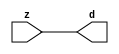

//------> ./rtl_mgc_ioport.v 
//------------------------------------------------------------------
//                M G C _ I O P O R T _ C O M P S
//------------------------------------------------------------------

//------------------------------------------------------------------
//                       M O D U L E S
//------------------------------------------------------------------

//------------------------------------------------------------------
//-- INPUT ENTITIES
//------------------------------------------------------------------

module mgc_in_wire (d, z);

  parameter integer rscid = 1;
  parameter integer width = 8;

  output [width-1:0] d;
  input  [width-1:0] z;

  wire   [width-1:0] d;

  assign d = z;

endmodule

//------------------------------------------------------------------

module mgc_in_wire_en (ld, d, lz, z);

  parameter integer rscid = 1;
  parameter integer width = 8;

  input              ld;
  output [width-1:0] d;
  output             lz;
  input  [width-1:0] z;

  wire   [width-1:0] d;
  wire               lz;

  assign d = z;
  assign lz = ld;

endmodule

//------------------------------------------------------------------

module mgc_in_wire_wait (ld, vd, d, lz, vz, z);

  parameter integer rscid = 1;
  parameter integer width = 8;

  input              ld;
  output             vd;
  output [width-1:0] d;
  output             lz;
  input              vz;
  input  [width-1:0] z;

  wire               vd;
  wire   [width-1:0] d;
  wire               lz;

  assign d = z;
  assign lz = ld;
  assign vd = vz;

endmodule
//------------------------------------------------------------------

module mgc_chan_in (ld, vd, d, lz, vz, z, size, req_size, sizez, sizelz);

  parameter integer rscid = 1;
  parameter integer width = 8;
  parameter integer sz_width = 8;

  input              ld;
  output             vd;
  output [width-1:0] d;
  output             lz;
  input              vz;
  input  [width-1:0] z;
  output [sz_width-1:0] size;
  input              req_size;
  input  [sz_width-1:0] sizez;
  output             sizelz;


  wire               vd;
  wire   [width-1:0] d;
  wire               lz;
  wire   [sz_width-1:0] size;
  wire               sizelz;

  assign d = z;
  assign lz = ld;
  assign vd = vz;
  assign size = sizez;
  assign sizelz = req_size;

endmodule


//------------------------------------------------------------------
//-- OUTPUT ENTITIES
//------------------------------------------------------------------

module mgc_out_stdreg (d, z);

  parameter integer rscid = 1;
  parameter integer width = 8;

  input    [width-1:0] d;
  output   [width-1:0] z;

  wire     [width-1:0] z;

  assign z = d;

endmodule

//------------------------------------------------------------------

module mgc_out_stdreg_en (ld, d, lz, z);

  parameter integer rscid = 1;
  parameter integer width = 8;

  input              ld;
  input  [width-1:0] d;
  output             lz;
  output [width-1:0] z;

  wire               lz;
  wire   [width-1:0] z;

  assign z = d;
  assign lz = ld;

endmodule

//------------------------------------------------------------------

module mgc_out_stdreg_wait (ld, vd, d, lz, vz, z);

  parameter integer rscid = 1;
  parameter integer width = 8;

  input              ld;
  output             vd;
  input  [width-1:0] d;
  output             lz;
  input              vz;
  output [width-1:0] z;

  wire               vd;
  wire               lz;
  wire   [width-1:0] z;

  assign z = d;
  assign lz = ld;
  assign vd = vz;

endmodule

//------------------------------------------------------------------

module mgc_out_prereg_en (ld, d, lz, z);

    parameter integer rscid = 1;
    parameter integer width = 8;

    input              ld;
    input  [width-1:0] d;
    output             lz;
    output [width-1:0] z;

    wire               lz;
    wire   [width-1:0] z;

    assign z = d;
    assign lz = ld;

endmodule

//------------------------------------------------------------------
//-- INOUT ENTITIES
//------------------------------------------------------------------

module mgc_inout_stdreg_en (ldin, din, ldout, dout, lzin, lzout, z);

    parameter integer rscid = 1;
    parameter integer width = 8;

    input              ldin;
    output [width-1:0] din;
    input              ldout;
    input  [width-1:0] dout;
    output             lzin;
    output             lzout;
    inout  [width-1:0] z;

    wire   [width-1:0] din;
    wire               lzin;
    wire               lzout;
    wire   [width-1:0] z;

    assign lzin = ldin;
    assign din = ldin ? z : {width{1'bz}};
    assign lzout = ldout;
    assign z = ldout ? dout : {width{1'bz}};

endmodule

//------------------------------------------------------------------
module hid_tribuf( I_SIG, ENABLE, O_SIG);
  parameter integer width = 8;

  input [width-1:0] I_SIG;
  input ENABLE;
  inout [width-1:0] O_SIG;

  assign O_SIG = (ENABLE) ? I_SIG : { width{1'bz}};

endmodule
//------------------------------------------------------------------

module mgc_inout_stdreg_wait (ldin, vdin, din, ldout, vdout, dout, lzin, vzin, lzout, vzout, z);

    parameter integer rscid = 1;
    parameter integer width = 8;

    input              ldin;
    output             vdin;
    output [width-1:0] din;
    input              ldout;
    output             vdout;
    input  [width-1:0] dout;
    output             lzin;
    input              vzin;
    output             lzout;
    input              vzout;
    inout  [width-1:0] z;

    wire               vdin;
    wire   [width-1:0] din;
    wire               vdout;
    wire               lzin;
    wire               lzout;
    wire   [width-1:0] z;
    wire   ldout_and_vzout;

    assign lzin = ldin;
    assign vdin = vzin;
    assign din = ldin ? z : {width{1'bz}};
    assign lzout = ldout;
    assign vdout = vzout ;
    assign ldout_and_vzout = ldout && vzout ;

    hid_tribuf #(width) tb( .I_SIG(dout),
                            .ENABLE(ldout_and_vzout),
                            .O_SIG(z) );

endmodule

//------------------------------------------------------------------

module mgc_inout_buf_wait (clk, en, arst, srst, ldin, vdin, din, ldout, vdout, dout, lzin, vzin, lzout, vzout, z);

    parameter integer rscid   = 0; // resource ID
    parameter integer width   = 8; // fifo width
    parameter         ph_clk  =  1'b1; // clock polarity 1=rising edge, 0=falling edge
    parameter         ph_en   =  1'b1; // clock enable polarity
    parameter         ph_arst =  1'b1; // async reset polarity
    parameter         ph_srst =  1'b1; // sync reset polarity

    input              clk;
    input              en;
    input              arst;
    input              srst;
    input              ldin;
    output             vdin;
    output [width-1:0] din;
    input              ldout;
    output             vdout;
    input  [width-1:0] dout;
    output             lzin;
    input              vzin;
    output             lzout;
    input              vzout;
    inout  [width-1:0] z;

    wire               lzout_buf;
    wire               vzout_buf;
    wire   [width-1:0] z_buf;
    wire               vdin;
    wire   [width-1:0] din;
    wire               vdout;
    wire               lzin;
    wire               lzout;
    wire   [width-1:0] z;

    assign lzin = ldin;
    assign vdin = vzin;
    assign din = ldin ? z : {width{1'bz}};
    assign lzout = lzout_buf & ~ldin;
    assign vzout_buf = vzout & ~ldin;
    hid_tribuf #(width) tb( .I_SIG(z_buf),
                            .ENABLE((lzout_buf && (!ldin) && vzout) ),
                            .O_SIG(z)  );

    mgc_out_buf_wait
    #(
        .rscid   (rscid),
        .width   (width),
        .ph_clk  (ph_clk),
        .ph_en   (ph_en),
        .ph_arst (ph_arst),
        .ph_srst (ph_srst)
    )
    BUFF
    (
        .clk     (clk),
        .en      (en),
        .arst    (arst),
        .srst    (srst),
        .ld      (ldout),
        .vd      (vdout),
        .d       (dout),
        .lz      (lzout_buf),
        .vz      (vzout_buf),
        .z       (z_buf)
    );


endmodule

module mgc_inout_fifo_wait (clk, en, arst, srst, ldin, vdin, din, ldout, vdout, dout, lzin, vzin, lzout, vzout, z);

    parameter integer rscid   = 0; // resource ID
    parameter integer width   = 8; // fifo width
    parameter integer fifo_sz = 8; // fifo depth
    parameter         ph_clk  = 1'b1;  // clock polarity 1=rising edge, 0=falling edge
    parameter         ph_en   = 1'b1;  // clock enable polarity
    parameter         ph_arst = 1'b1;  // async reset polarity
    parameter         ph_srst = 1'b1;  // sync reset polarity
    parameter integer ph_log2 = 3;     // log2(fifo_sz)
    parameter integer pwropt  = 0;     // pwropt

    input              clk;
    input              en;
    input              arst;
    input              srst;
    input              ldin;
    output             vdin;
    output [width-1:0] din;
    input              ldout;
    output             vdout;
    input  [width-1:0] dout;
    output             lzin;
    input              vzin;
    output             lzout;
    input              vzout;
    inout  [width-1:0] z;

    wire               lzout_buf;
    wire               vzout_buf;
    wire   [width-1:0] z_buf;
    wire               comb;
    wire               vdin;
    wire   [width-1:0] din;
    wire               vdout;
    wire               lzin;
    wire               lzout;
    wire   [width-1:0] z;

    assign lzin = ldin;
    assign vdin = vzin;
    assign din = ldin ? z : {width{1'bz}};
    assign lzout = lzout_buf & ~ldin;
    assign vzout_buf = vzout & ~ldin;
    assign comb = (lzout_buf && (!ldin) && vzout);

    hid_tribuf #(width) tb2( .I_SIG(z_buf), .ENABLE(comb), .O_SIG(z)  );

    mgc_out_fifo_wait
    #(
        .rscid   (rscid),
        .width   (width),
        .fifo_sz (fifo_sz),
        .ph_clk  (ph_clk),
        .ph_en   (ph_en),
        .ph_arst (ph_arst),
        .ph_srst (ph_srst),
        .ph_log2 (ph_log2),
        .pwropt  (pwropt)
    )
    FIFO
    (
        .clk   (clk),
        .en      (en),
        .arst    (arst),
        .srst    (srst),
        .ld      (ldout),
        .vd      (vdout),
        .d       (dout),
        .lz      (lzout_buf),
        .vz      (vzout_buf),
        .z       (z_buf)
    );

endmodule

//------------------------------------------------------------------
//-- I/O SYNCHRONIZATION ENTITIES
//------------------------------------------------------------------

module mgc_io_sync (ld, lz);

    input  ld;
    output lz;

    assign lz = ld;

endmodule

module mgc_bsync_rdy (rd, rz);

    parameter integer rscid   = 0; // resource ID
    parameter ready = 1;
    parameter valid = 0;

    input  rd;
    output rz;

    wire   rz;

    assign rz = rd;

endmodule

module mgc_bsync_vld (vd, vz);

    parameter integer rscid   = 0; // resource ID
    parameter ready = 0;
    parameter valid = 1;

    output vd;
    input  vz;

    wire   vd;

    assign vd = vz;

endmodule

module mgc_bsync_rv (rd, vd, rz, vz);

    parameter integer rscid   = 0; // resource ID
    parameter ready = 1;
    parameter valid = 1;

    input  rd;
    output vd;
    output rz;
    input  vz;

    wire   vd;
    wire   rz;

    assign rz = rd;
    assign vd = vz;

endmodule

//------------------------------------------------------------------

module mgc_sync (ldin, vdin, ldout, vdout);

  input  ldin;
  output vdin;
  input  ldout;
  output vdout;

  wire   vdin;
  wire   vdout;

  assign vdin = ldout;
  assign vdout = ldin;

endmodule

///////////////////////////////////////////////////////////////////////////////
// dummy function used to preserve funccalls for modulario
// it looks like a memory read to the caller
///////////////////////////////////////////////////////////////////////////////
module funccall_inout (d, ad, bd, z, az, bz);

  parameter integer ram_id = 1;
  parameter integer width = 8;
  parameter integer addr_width = 8;

  output [width-1:0]       d;
  input  [addr_width-1:0]  ad;
  input                    bd;
  input  [width-1:0]       z;
  output [addr_width-1:0]  az;
  output                   bz;

  wire   [width-1:0]       d;
  wire   [addr_width-1:0]  az;
  wire                     bz;

  assign d  = z;
  assign az = ad;
  assign bz = bd;

endmodule


///////////////////////////////////////////////////////////////////////////////
// inlinable modular io not otherwise found in mgc_ioport
///////////////////////////////////////////////////////////////////////////////

module modulario_en_in (vd, d, vz, z);

  parameter integer rscid = 1;
  parameter integer width = 8;

  output             vd;
  output [width-1:0] d;
  input              vz;
  input  [width-1:0] z;

  wire   [width-1:0] d;
  wire               vd;

  assign d = z;
  assign vd = vz;

endmodule

//------> ./rtl_mgc_ioport_v2001.v 
//------------------------------------------------------------------

module mgc_out_reg_pos (clk, en, arst, srst, ld, d, lz, z);

    parameter integer rscid   = 1;
    parameter integer width   = 8;
    parameter         ph_en   =  1'b1;
    parameter         ph_arst =  1'b1;
    parameter         ph_srst =  1'b1;

    input              clk;
    input              en;
    input              arst;
    input              srst;
    input              ld;
    input  [width-1:0] d;
    output             lz;
    output [width-1:0] z;

    reg                lz;
    reg    [width-1:0] z;

    generate
    if (ph_arst == 1'b0)
    begin: NEG_ARST
        always @(posedge clk or negedge arst)
        if (arst == 1'b0)
        begin: B1
            lz <= 1'b0;
            z  <= {width{1'b0}};
        end
        else if (srst == ph_srst)
        begin: B2
            lz <= 1'b0;
            z  <= {width{1'b0}};
        end
        else if (en == ph_en)
        begin: B3
            lz <= ld;
            z  <= (ld) ? d : z;
        end
    end
    else
    begin: POS_ARST
        always @(posedge clk or posedge arst)
        if (arst == 1'b1)
        begin: B1
            lz <= 1'b0;
            z  <= {width{1'b0}};
        end
        else if (srst == ph_srst)
        begin: B2
            lz <= 1'b0;
            z  <= {width{1'b0}};
        end
        else if (en == ph_en)
        begin: B3
            lz <= ld;
            z  <= (ld) ? d : z;
        end
    end
    endgenerate

endmodule

//------------------------------------------------------------------

module mgc_out_reg_neg (clk, en, arst, srst, ld, d, lz, z);

    parameter integer rscid   = 1;
    parameter integer width   = 8;
    parameter         ph_en   =  1'b1;
    parameter         ph_arst =  1'b1;
    parameter         ph_srst =  1'b1;

    input              clk;
    input              en;
    input              arst;
    input              srst;
    input              ld;
    input  [width-1:0] d;
    output             lz;
    output [width-1:0] z;

    reg                lz;
    reg    [width-1:0] z;

    generate
    if (ph_arst == 1'b0)
    begin: NEG_ARST
        always @(negedge clk or negedge arst)
        if (arst == 1'b0)
        begin: B1
            lz <= 1'b0;
            z  <= {width{1'b0}};
        end
        else if (srst == ph_srst)
        begin: B2
            lz <= 1'b0;
            z  <= {width{1'b0}};
        end
        else if (en == ph_en)
        begin: B3
            lz <= ld;
            z  <= (ld) ? d : z;
        end
    end
    else
    begin: POS_ARST
        always @(negedge clk or posedge arst)
        if (arst == 1'b1)
        begin: B1
            lz <= 1'b0;
            z  <= {width{1'b0}};
        end
        else if (srst == ph_srst)
        begin: B2
            lz <= 1'b0;
            z  <= {width{1'b0}};
        end
        else if (en == ph_en)
        begin: B3
            lz <= ld;
            z  <= (ld) ? d : z;
        end
    end
    endgenerate

endmodule

//------------------------------------------------------------------

module mgc_out_reg (clk, en, arst, srst, ld, d, lz, z); // Not Supported

    parameter integer rscid   = 1;
    parameter integer width   = 8;
    parameter         ph_clk  =  1'b1;
    parameter         ph_en   =  1'b1;
    parameter         ph_arst =  1'b1;
    parameter         ph_srst =  1'b1;

    input              clk;
    input              en;
    input              arst;
    input              srst;
    input              ld;
    input  [width-1:0] d;
    output             lz;
    output [width-1:0] z;


    generate
    if (ph_clk == 1'b0)
    begin: NEG_EDGE

        mgc_out_reg_neg
        #(
            .rscid   (rscid),
            .width   (width),
            .ph_en   (ph_en),
            .ph_arst (ph_arst),
            .ph_srst (ph_srst)
        )
        mgc_out_reg_neg_inst
        (
            .clk     (clk),
            .en      (en),
            .arst    (arst),
            .srst    (srst),
            .ld      (ld),
            .d       (d),
            .lz      (lz),
            .z       (z)
        );

    end
    else
    begin: POS_EDGE

        mgc_out_reg_pos
        #(
            .rscid   (rscid),
            .width   (width),
            .ph_en   (ph_en),
            .ph_arst (ph_arst),
            .ph_srst (ph_srst)
        )
        mgc_out_reg_pos_inst
        (
            .clk     (clk),
            .en      (en),
            .arst    (arst),
            .srst    (srst),
            .ld      (ld),
            .d       (d),
            .lz      (lz),
            .z       (z)
        );

    end
    endgenerate

endmodule




//------------------------------------------------------------------

module mgc_out_buf_wait (clk, en, arst, srst, ld, vd, d, vz, lz, z); // Not supported

    parameter integer rscid   = 1;
    parameter integer width   = 8;
    parameter         ph_clk  =  1'b1;
    parameter         ph_en   =  1'b1;
    parameter         ph_arst =  1'b1;
    parameter         ph_srst =  1'b1;

    input              clk;
    input              en;
    input              arst;
    input              srst;
    input              ld;
    output             vd;
    input  [width-1:0] d;
    output             lz;
    input              vz;
    output [width-1:0] z;

    wire               filled;
    wire               filled_next;
    wire   [width-1:0] abuf;
    wire               lbuf;


    assign filled_next = (filled & (~vz)) | (filled & ld) | (ld & (~vz));

    assign lbuf = ld & ~(filled ^ vz);

    assign vd = vz | ~filled;

    assign lz = ld | filled;

    assign z = (filled) ? abuf : d;

    wire dummy;
    wire dummy_bufreg_lz;

    // Output registers:
    mgc_out_reg
    #(
        .rscid   (rscid),
        .width   (1'b1),
        .ph_clk  (ph_clk),
        .ph_en   (ph_en),
        .ph_arst (ph_arst),
        .ph_srst (ph_srst)
    )
    STATREG
    (
        .clk     (clk),
        .en      (en),
        .arst    (arst),
        .srst    (srst),
        .ld      (filled_next),
        .d       (1'b0),       // input d is unused
        .lz      (filled),
        .z       (dummy)            // output z is unused
    );

    mgc_out_reg
    #(
        .rscid   (rscid),
        .width   (width),
        .ph_clk  (ph_clk),
        .ph_en   (ph_en),
        .ph_arst (ph_arst),
        .ph_srst (ph_srst)
    )
    BUFREG
    (
        .clk     (clk),
        .en      (en),
        .arst    (arst),
        .srst    (srst),
        .ld      (lbuf),
        .d       (d),
        .lz      (dummy_bufreg_lz),
        .z       (abuf)
    );

endmodule

//------------------------------------------------------------------

module mgc_out_fifo_wait (clk, en, arst, srst, ld, vd, d, lz, vz,  z);

    parameter integer rscid   = 0; // resource ID
    parameter integer width   = 8; // fifo width
    parameter integer fifo_sz = 8; // fifo depth
    parameter         ph_clk  = 1'b1; // clock polarity 1=rising edge, 0=falling edge
    parameter         ph_en   = 1'b1; // clock enable polarity
    parameter         ph_arst = 1'b1; // async reset polarity
    parameter         ph_srst = 1'b1; // sync reset polarity
    parameter integer ph_log2 = 3; // log2(fifo_sz)
    parameter integer pwropt  = 0; // pwropt


    input                 clk;
    input                 en;
    input                 arst;
    input                 srst;
    input                 ld;    // load data
    output                vd;    // fifo full active low
    input     [width-1:0] d;
    output                lz;    // fifo ready to send
    input                 vz;    // dest ready for data
    output    [width-1:0] z;

    wire    [31:0]      size;


      // Output registers:
 mgc_out_fifo_wait_core#(
        .rscid   (rscid),
        .width   (width),
        .sz_width (32),
        .fifo_sz (fifo_sz),
        .ph_clk  (ph_clk),
        .ph_en   (ph_en),
        .ph_arst (ph_arst),
        .ph_srst (ph_srst),
        .ph_log2 (ph_log2),
        .pwropt  (pwropt)
        ) CORE (
        .clk (clk),
        .en (en),
        .arst (arst),
        .srst (srst),
        .ld (ld),
        .vd (vd),
        .d (d),
        .lz (lz),
        .vz (vz),
        .z (z),
        .size (size)
        );

endmodule



module mgc_out_fifo_wait_core (clk, en, arst, srst, ld, vd, d, lz, vz,  z, size);

    parameter integer rscid   = 0; // resource ID
    parameter integer width   = 8; // fifo width
    parameter integer sz_width = 8; // size of port for elements in fifo
    parameter integer fifo_sz = 8; // fifo depth
    parameter         ph_clk  =  1'b1; // clock polarity 1=rising edge, 0=falling edge
    parameter         ph_en   =  1'b1; // clock enable polarity
    parameter         ph_arst =  1'b1; // async reset polarity
    parameter         ph_srst =  1'b1; // sync reset polarity
    parameter integer ph_log2 = 3; // log2(fifo_sz)
    parameter integer pwropt  = 0; // pwropt

   localparam integer  fifo_b = width * fifo_sz;

    input                 clk;
    input                 en;
    input                 arst;
    input                 srst;
    input                 ld;    // load data
    output                vd;    // fifo full active low
    input     [width-1:0] d;
    output                lz;    // fifo ready to send
    input                 vz;    // dest ready for data
    output    [width-1:0] z;
    output    [sz_width-1:0]      size;

    reg      [( (fifo_sz > 0) ? fifo_sz : 1)-1:0] stat_pre;
    wire     [( (fifo_sz > 0) ? fifo_sz : 1)-1:0] stat;
    reg      [( (fifo_b > 0) ? fifo_b : 1)-1:0] buff_pre;
    wire     [( (fifo_b > 0) ? fifo_b : 1)-1:0] buff;
    reg      [( (fifo_sz > 0) ? fifo_sz : 1)-1:0] en_l;
    reg      [(((fifo_sz > 0) ? fifo_sz : 1)-1)/8:0] en_l_s;

    reg       [width-1:0] buff_nxt;

    reg                   stat_nxt;
    reg                   stat_before;
    reg                   stat_after;
    reg                   en_l_var;

    integer               i;
    genvar                eni;

    wire [32:0]           size_t;
    reg [31:0]            count;
    reg [31:0]            count_t;
    reg [32:0]            n_elem;
// pragma translate_off
    reg [31:0]            peak;
// pragma translate_on

    wire [( (fifo_sz > 0) ? fifo_sz : 1)-1:0] dummy_statreg_lz;
    wire [( (fifo_b > 0) ? fifo_b : 1)-1:0] dummy_bufreg_lz;

    generate
    if ( fifo_sz > 0 )
    begin: FIFO_REG
      assign vd = vz | ~stat[0];
      assign lz = ld | stat[fifo_sz-1];
      assign size_t = (count - (vz && stat[fifo_sz-1])) + ld;
      assign size = size_t[sz_width-1:0];
      assign z = (stat[fifo_sz-1]) ? buff[fifo_b-1:width*(fifo_sz-1)] : d;

      always @(*)
      begin: FIFOPROC
        n_elem = 33'b0;
        for (i = fifo_sz-1; i >= 0; i = i - 1)
        begin
          if (i != 0)
            stat_before = stat[i-1];
          else
            stat_before = 1'b0;

          if (i != (fifo_sz-1))
            stat_after = stat[i+1];
          else
            stat_after = 1'b1;

          stat_nxt = stat_after &
                    (stat_before | (stat[i] & (~vz)) | (stat[i] & ld) | (ld & (~vz)));

          stat_pre[i] = stat_nxt;
          en_l_var = 1'b1;
          if (!stat_nxt)
            begin
              buff_nxt = {width{1'b0}};
              en_l_var = 1'b0;
            end
          else if (vz && stat_before)
            buff_nxt[0+:width] = buff[width*(i-1)+:width];
          else if (ld && !((vz && stat_before) || ((!vz) && stat[i])))
            buff_nxt = d;
          else
            begin
              if (pwropt == 0)
                buff_nxt[0+:width] = buff[width*i+:width];
              else
                buff_nxt = {width{1'b0}};
              en_l_var = 1'b0;
            end

          if (ph_en != 0)
            en_l[i] = en & en_l_var;
          else
            en_l[i] = en | ~en_l_var;

          buff_pre[width*i+:width] = buff_nxt[0+:width];

          if ((stat_after == 1'b1) && (stat[i] == 1'b0))
            n_elem = ($unsigned(fifo_sz) - 1) - i;
        end

        if (ph_en != 0)
          en_l_s[(((fifo_sz > 0) ? fifo_sz : 1)-1)/8] = 1'b1;
        else
          en_l_s[(((fifo_sz > 0) ? fifo_sz : 1)-1)/8] = 1'b0;

        for (i = fifo_sz-1; i >= 7; i = i - 1)
        begin
          if ((i%'d2) == 0)
          begin
            if (ph_en != 0)
              en_l_s[(i/8)-1] = en & (stat[i]|stat_pre[i-1]);
            else
              en_l_s[(i/8)-1] = en | ~(stat[i]|stat_pre[i-1]);
          end
        end

        if ( stat[fifo_sz-1] == 1'b0 )
          count_t = 32'b0;
        else if ( stat[0] == 1'b1 )
          count_t = { {(32-ph_log2){1'b0}}, fifo_sz};
        else
          count_t = n_elem[31:0];
        count = count_t;
// pragma translate_off
        if ( peak < count )
          peak = count;
// pragma translate_on
      end

      if (pwropt == 0)
      begin: NOCGFIFO
        // Output registers:
        mgc_out_reg
        #(
            .rscid   (rscid),
            .width   (fifo_sz),
            .ph_clk  (ph_clk),
            .ph_en   (ph_en),
            .ph_arst (ph_arst),
            .ph_srst (ph_srst)
        )
        STATREG
        (
            .clk     (clk),
            .en      (en),
            .arst    (arst),
            .srst    (srst),
            .ld      (1'b1),
            .d       (stat_pre),
            .lz      (dummy_statreg_lz[0]),
            .z       (stat)
        );
        mgc_out_reg
        #(
            .rscid   (rscid),
            .width   (fifo_b),
            .ph_clk  (ph_clk),
            .ph_en   (ph_en),
            .ph_arst (ph_arst),
            .ph_srst (ph_srst)
        )
        BUFREG
        (
            .clk     (clk),
            .en      (en),
            .arst    (arst),
            .srst    (srst),
            .ld      (1'b1),
            .d       (buff_pre),
            .lz      (dummy_bufreg_lz[0]),
            .z       (buff)
        );
      end
      else
      begin: CGFIFO
        // Output registers:
        if ( pwropt > 1)
        begin: CGSTATFIFO2
          for (eni = fifo_sz-1; eni >= 0; eni = eni - 1)
          begin: pwroptGEN1
            mgc_out_reg
            #(
              .rscid   (rscid),
              .width   (1),
              .ph_clk  (ph_clk),
              .ph_en   (ph_en),
              .ph_arst (ph_arst),
              .ph_srst (ph_srst)
            )
            STATREG
            (
              .clk     (clk),
              .en      (en_l_s[eni/8]),
              .arst    (arst),
              .srst    (srst),
              .ld      (1'b1),
              .d       (stat_pre[eni]),
              .lz      (dummy_statreg_lz[eni]),
              .z       (stat[eni])
            );
          end
        end
        else
        begin: CGSTATFIFO
          mgc_out_reg
          #(
            .rscid   (rscid),
            .width   (fifo_sz),
            .ph_clk  (ph_clk),
            .ph_en   (ph_en),
            .ph_arst (ph_arst),
            .ph_srst (ph_srst)
          )
          STATREG
          (
            .clk     (clk),
            .en      (en),
            .arst    (arst),
            .srst    (srst),
            .ld      (1'b1),
            .d       (stat_pre),
            .lz      (dummy_statreg_lz[0]),
            .z       (stat)
          );
        end
        for (eni = fifo_sz-1; eni >= 0; eni = eni - 1)
        begin: pwroptGEN2
          mgc_out_reg
          #(
            .rscid   (rscid),
            .width   (width),
            .ph_clk  (ph_clk),
            .ph_en   (ph_en),
            .ph_arst (ph_arst),
            .ph_srst (ph_srst)
          )
          BUFREG
          (
            .clk     (clk),
            .en      (en_l[eni]),
            .arst    (arst),
            .srst    (srst),
            .ld      (1'b1),
            .d       (buff_pre[width*eni+:width]),
            .lz      (dummy_bufreg_lz[eni]),
            .z       (buff[width*eni+:width])
          );
        end
      end
    end
    else
    begin: FEED_THRU
      assign vd = vz;
      assign lz = ld;
      assign z = d;
      assign size = ld && !vz;
    end
    endgenerate

endmodule

//------------------------------------------------------------------
//-- PIPE ENTITIES
//------------------------------------------------------------------
/*
 *
 *             _______________________________________________
 * WRITER    |                                               |          READER
 *           |           MGC_PIPE                            |
 *           |           __________________________          |
 *        --<| vdout  --<| vd ---------------  vz<|-----ldin<|---
 *           |           |      FIFO              |          |
 *        ---|>ldout  ---|>ld ---------------- lz |> ---vdin |>--
 *        ---|>dout -----|>d  ---------------- dz |> ----din |>--
 *           |           |________________________|          |
 *           |_______________________________________________|
 */
// two clock pipe
module mgc_pipe (clk, en, arst, srst, ldin, vdin, din, ldout, vdout, dout, size, req_size);

    parameter integer rscid   = 0; // resource ID
    parameter integer width   = 8; // fifo width
    parameter integer sz_width = 8; // width of size of elements in fifo
    parameter integer fifo_sz = 8; // fifo depth
    parameter integer log2_sz = 3; // log2(fifo_sz)
    parameter         ph_clk  = 1'b1;  // clock polarity 1=rising edge, 0=falling edge
    parameter         ph_en   = 1'b1;  // clock enable polarity
    parameter         ph_arst = 1'b1;  // async reset polarity
    parameter         ph_srst = 1'b1;  // sync reset polarity
    parameter integer pwropt  = 0; // pwropt

    input              clk;
    input              en;
    input              arst;
    input              srst;
    input              ldin;
    output             vdin;
    output [width-1:0] din;
    input              ldout;
    output             vdout;
    input  [width-1:0] dout;
    output [sz_width-1:0]      size;
    input              req_size;


    mgc_out_fifo_wait_core
    #(
        .rscid    (rscid),
        .width    (width),
        .sz_width (sz_width),
        .fifo_sz  (fifo_sz),
        .ph_clk   (ph_clk),
        .ph_en    (ph_en),
        .ph_arst  (ph_arst),
        .ph_srst  (ph_srst),
        .ph_log2  (log2_sz),
        .pwropt   (pwropt)
    )
    FIFO
    (
        .clk     (clk),
        .en      (en),
        .arst    (arst),
        .srst    (srst),
        .ld      (ldout),
        .vd      (vdout),
        .d       (dout),
        .lz      (vdin),
        .vz      (ldin),
        .z       (din),
        .size    (size)
    );

endmodule


//------> ./rtl.v 
// ----------------------------------------------------------------------
//  HLS HDL:        Verilog Netlister
//  HLS Version:    2011a.126 Production Release
//  HLS Date:       Wed Aug  8 00:52:07 PDT 2012
// 
//  Generated by:   oh1015@EEWS104A-004
//  Generated date: Fri Mar 11 14:27:54 2016
// ----------------------------------------------------------------------

// 
// ------------------------------------------------------------------
//  Design Unit:    mean_vga_core_fsm
//  FSM Module
// ------------------------------------------------------------------


module mean_vga_core_fsm (
  clk, en, arst_n, fsm_output
);
  input clk;
  input en;
  input arst_n;
  output [1:0] fsm_output;
  reg [1:0] fsm_output;


  // FSM State Type Declaration for mean_vga_core_fsm_1
  parameter
    st_main = 1'd0,
    st_main_1 = 1'd1,
    state_x = 1'b0;

  reg [0:0] state_var;
  reg [0:0] state_var_NS;


  // Interconnect Declarations for Component Instantiations 
  always @(*)
  begin : mean_vga_core_fsm_1
    case (state_var)
      st_main : begin
        fsm_output = 2'b1;
        state_var_NS = st_main_1;
      end
      st_main_1 : begin
        fsm_output = 2'b10;
        state_var_NS = st_main;
      end
      default : begin
        fsm_output = 2'b00;
        state_var_NS = st_main;
      end
    endcase
  end

  always @(posedge clk or negedge arst_n) begin
    if ( ~ arst_n ) begin
      state_var <= st_main;
    end
    else if ( en ) begin
      state_var <= state_var_NS;
    end
  end

endmodule

// ------------------------------------------------------------------
//  Design Unit:    mean_vga_core
// ------------------------------------------------------------------


module mean_vga_core (
  clk, en, arst_n, vin_rsc_mgc_in_wire_d, vout_rsc_mgc_out_stdreg_d
);
  input clk;
  input en;
  input arst_n;
  input [149:0] vin_rsc_mgc_in_wire_d;
  output [29:0] vout_rsc_mgc_out_stdreg_d;
  reg [29:0] vout_rsc_mgc_out_stdreg_d;


  // Interconnect Declarations
  wire [1:0] fsm_output;
  wire [11:0] FRAME_acc_10_psp_sva;
  wire [12:0] nl_FRAME_acc_10_psp_sva;
  wire [11:0] FRAME_acc_9_psp_sva;
  wire [12:0] nl_FRAME_acc_9_psp_sva;
  wire [2:0] acc_imod_1_sva;
  wire [3:0] nl_acc_imod_1_sva;
  wire [3:0] acc_1_psp_sva;
  wire [4:0] nl_acc_1_psp_sva;


  // Interconnect Declarations for Component Instantiations 
  mean_vga_core_fsm mean_vga_core_fsm_inst (
      .clk(clk),
      .en(en),
      .arst_n(arst_n),
      .fsm_output(fsm_output)
    );
  assign nl_FRAME_acc_10_psp_sva = conv_u2s_10_12({(FRAME_acc_9_psp_sva[11]) , (conv_u2u_8_9({(FRAME_acc_9_psp_sva[11])
      , 1'b0 , (FRAME_acc_9_psp_sva[11]) , 1'b0 , (FRAME_acc_9_psp_sva[11]) , 1'b0
      , (signext_2_1(FRAME_acc_9_psp_sva[7]))}) + conv_u2u_8_9(readslicef_9_8_1((({(FRAME_acc_9_psp_sva[9])
      , 1'b0 , (FRAME_acc_9_psp_sva[9]) , 1'b0 , (FRAME_acc_9_psp_sva[9]) , 1'b0
      , (signext_2_1(FRAME_acc_9_psp_sva[5])) , 1'b1}) + conv_u2u_8_9({(readslicef_8_7_1((conv_u2u_7_8({(FRAME_acc_9_psp_sva[7])
      , 1'b0 , (FRAME_acc_9_psp_sva[5]) , 1'b0 , (signext_2_1(FRAME_acc_9_psp_sva[9]))
      , 1'b1}) + conv_u2u_6_8({(FRAME_acc_9_psp_sva[6]) , 1'b0 , (FRAME_acc_9_psp_sva[6])
      , 1'b0 , (FRAME_acc_9_psp_sva[6]) , (acc_imod_1_sva[1])})))) , (~ (readslicef_3_1_2((({1'b1
      , (acc_imod_1_sva[0]) , 1'b1}) + conv_u2s_2_3({(~ (acc_imod_1_sva[1])) , (~
      (acc_imod_1_sva[2]))})))))})))))}) + conv_s2s_10_12(conv_u2s_9_10({(FRAME_acc_9_psp_sva[10])
      , 1'b0 , (FRAME_acc_9_psp_sva[10]) , 1'b0 , (FRAME_acc_9_psp_sva[10]) , 1'b0
      , (FRAME_acc_9_psp_sva[10]) , 1'b0 , (FRAME_acc_9_psp_sva[10])}) + conv_s2s_8_10(readslicef_9_8_1((conv_u2s_8_9({(FRAME_acc_9_psp_sva[8])
      , 1'b0 , (FRAME_acc_9_psp_sva[8]) , 1'b0 , (FRAME_acc_9_psp_sva[8]) , 1'b0
      , (FRAME_acc_9_psp_sva[8]) , 1'b1}) + conv_s2s_7_9({(readslicef_7_6_1((conv_s2s_5_7({(readslicef_5_4_1((conv_s2s_4_5({(readslicef_4_3_1((conv_u2s_3_4({(FRAME_acc_9_psp_sva[3])
      , (FRAME_acc_9_psp_sva[1]) , 1'b1}) + conv_s2s_3_4({1'b1 , (FRAME_acc_9_psp_sva[2])
      , (FRAME_acc_9_psp_sva[3])})))) , 1'b1}) + conv_s2s_3_5({(acc_1_psp_sva[3:2])
      , (FRAME_acc_9_psp_sva[4])})))) , 1'b1}) + conv_u2s_5_7({(FRAME_acc_9_psp_sva[7])
      , (FRAME_acc_9_psp_sva[4]) , (signext_2_1(FRAME_acc_9_psp_sva[11])) , (acc_1_psp_sva[1])}))))
      , (~ (acc_imod_1_sva[2]))})))));
  assign FRAME_acc_10_psp_sva = nl_FRAME_acc_10_psp_sva[11:0];
  assign nl_FRAME_acc_9_psp_sva = conv_u2u_11_12(conv_u2u_10_11(vin_rsc_mgc_in_wire_d[9:0])
      + conv_u2u_10_11(vin_rsc_mgc_in_wire_d[19:10])) + conv_u2u_10_12(vin_rsc_mgc_in_wire_d[29:20]);
  assign FRAME_acc_9_psp_sva = nl_FRAME_acc_9_psp_sva[11:0];
  assign nl_acc_imod_1_sva = conv_s2s_2_3(conv_s2s_1_2(acc_1_psp_sva[1]) + conv_u2s_1_2(acc_1_psp_sva[0]))
      + conv_s2s_2_3(acc_1_psp_sva[3:2]);
  assign acc_imod_1_sva = nl_acc_imod_1_sva[2:0];
  assign nl_acc_1_psp_sva = (readslicef_5_4_1((conv_u2u_4_5({(readslicef_4_3_1((conv_u2u_3_4({(readslicef_3_2_1((conv_u2u_2_3({(~
      (FRAME_acc_9_psp_sva[3])) , 1'b1}) + conv_u2u_2_3({(FRAME_acc_9_psp_sva[4])
      , (FRAME_acc_9_psp_sva[8])})))) , 1'b1}) + conv_u2u_3_4({(readslicef_3_2_1((conv_u2u_2_3({(~
      (FRAME_acc_9_psp_sva[5])) , 1'b1}) + conv_u2u_2_3({(FRAME_acc_9_psp_sva[6])
      , (~ (FRAME_acc_9_psp_sva[7]))})))) , (FRAME_acc_9_psp_sva[10])})))) , 1'b1})
      + conv_u2u_3_5({(readslicef_3_2_1((conv_u2u_2_3({(~ (FRAME_acc_9_psp_sva[1]))
      , 1'b1}) + conv_u2u_2_3({(FRAME_acc_9_psp_sva[2]) , (~ (FRAME_acc_9_psp_sva[9]))}))))
      , (~ (FRAME_acc_9_psp_sva[11]))})))) + ({3'b101 , (FRAME_acc_9_psp_sva[0])});
  assign acc_1_psp_sva = nl_acc_1_psp_sva[3:0];
  always @(posedge clk or negedge arst_n) begin
    if ( ~ arst_n ) begin
      vout_rsc_mgc_out_stdreg_d <= 30'b0;
    end
    else begin
      if ( en ) begin
        vout_rsc_mgc_out_stdreg_d <= MUX_v_30_2_2({vout_rsc_mgc_out_stdreg_d , ({((FRAME_acc_10_psp_sva[9:0])
            | ({4'b0 , (signext_6_2(FRAME_acc_10_psp_sva[11:10]))})) , (FRAME_acc_10_psp_sva[9:6])
            , ((FRAME_acc_10_psp_sva[5:0]) | (signext_6_2(FRAME_acc_10_psp_sva[11:10])))
            , (FRAME_acc_10_psp_sva[9:0])})}, fsm_output[0]);
      end
    end
  end

  function [1:0] signext_2_1;
    input [0:0] vector;
  begin
    signext_2_1= {{1{vector[0]}}, vector};
  end
  endfunction


  function [7:0] readslicef_9_8_1;
    input [8:0] vector;
    reg [8:0] tmp;
  begin
    tmp = vector >> 1;
    readslicef_9_8_1 = tmp[7:0];
  end
  endfunction


  function [6:0] readslicef_8_7_1;
    input [7:0] vector;
    reg [7:0] tmp;
  begin
    tmp = vector >> 1;
    readslicef_8_7_1 = tmp[6:0];
  end
  endfunction


  function [0:0] readslicef_3_1_2;
    input [2:0] vector;
    reg [2:0] tmp;
  begin
    tmp = vector >> 2;
    readslicef_3_1_2 = tmp[0:0];
  end
  endfunction


  function [5:0] readslicef_7_6_1;
    input [6:0] vector;
    reg [6:0] tmp;
  begin
    tmp = vector >> 1;
    readslicef_7_6_1 = tmp[5:0];
  end
  endfunction


  function [3:0] readslicef_5_4_1;
    input [4:0] vector;
    reg [4:0] tmp;
  begin
    tmp = vector >> 1;
    readslicef_5_4_1 = tmp[3:0];
  end
  endfunction


  function [2:0] readslicef_4_3_1;
    input [3:0] vector;
    reg [3:0] tmp;
  begin
    tmp = vector >> 1;
    readslicef_4_3_1 = tmp[2:0];
  end
  endfunction


  function [1:0] readslicef_3_2_1;
    input [2:0] vector;
    reg [2:0] tmp;
  begin
    tmp = vector >> 1;
    readslicef_3_2_1 = tmp[1:0];
  end
  endfunction


  function [29:0] MUX_v_30_2_2;
    input [59:0] inputs;
    input [0:0] sel;
    reg [29:0] result;
  begin
    case (sel)
      1'b0 : begin
        result = inputs[59:30];
      end
      1'b1 : begin
        result = inputs[29:0];
      end
      default : begin
        result = inputs[59:30];
      end
    endcase
    MUX_v_30_2_2 = result;
  end
  endfunction


  function [5:0] signext_6_2;
    input [1:0] vector;
  begin
    signext_6_2= {{4{vector[1]}}, vector};
  end
  endfunction


  function signed [11:0] conv_u2s_10_12 ;
    input [9:0]  vector ;
  begin
    conv_u2s_10_12 = {{2{1'b0}}, vector};
  end
  endfunction


  function  [8:0] conv_u2u_8_9 ;
    input [7:0]  vector ;
  begin
    conv_u2u_8_9 = {1'b0, vector};
  end
  endfunction


  function  [7:0] conv_u2u_7_8 ;
    input [6:0]  vector ;
  begin
    conv_u2u_7_8 = {1'b0, vector};
  end
  endfunction


  function  [7:0] conv_u2u_6_8 ;
    input [5:0]  vector ;
  begin
    conv_u2u_6_8 = {{2{1'b0}}, vector};
  end
  endfunction


  function signed [2:0] conv_u2s_2_3 ;
    input [1:0]  vector ;
  begin
    conv_u2s_2_3 = {1'b0, vector};
  end
  endfunction


  function signed [11:0] conv_s2s_10_12 ;
    input signed [9:0]  vector ;
  begin
    conv_s2s_10_12 = {{2{vector[9]}}, vector};
  end
  endfunction


  function signed [9:0] conv_u2s_9_10 ;
    input [8:0]  vector ;
  begin
    conv_u2s_9_10 = {1'b0, vector};
  end
  endfunction


  function signed [9:0] conv_s2s_8_10 ;
    input signed [7:0]  vector ;
  begin
    conv_s2s_8_10 = {{2{vector[7]}}, vector};
  end
  endfunction


  function signed [8:0] conv_u2s_8_9 ;
    input [7:0]  vector ;
  begin
    conv_u2s_8_9 = {1'b0, vector};
  end
  endfunction


  function signed [8:0] conv_s2s_7_9 ;
    input signed [6:0]  vector ;
  begin
    conv_s2s_7_9 = {{2{vector[6]}}, vector};
  end
  endfunction


  function signed [6:0] conv_s2s_5_7 ;
    input signed [4:0]  vector ;
  begin
    conv_s2s_5_7 = {{2{vector[4]}}, vector};
  end
  endfunction


  function signed [4:0] conv_s2s_4_5 ;
    input signed [3:0]  vector ;
  begin
    conv_s2s_4_5 = {vector[3], vector};
  end
  endfunction


  function signed [3:0] conv_u2s_3_4 ;
    input [2:0]  vector ;
  begin
    conv_u2s_3_4 = {1'b0, vector};
  end
  endfunction


  function signed [3:0] conv_s2s_3_4 ;
    input signed [2:0]  vector ;
  begin
    conv_s2s_3_4 = {vector[2], vector};
  end
  endfunction


  function signed [4:0] conv_s2s_3_5 ;
    input signed [2:0]  vector ;
  begin
    conv_s2s_3_5 = {{2{vector[2]}}, vector};
  end
  endfunction


  function signed [6:0] conv_u2s_5_7 ;
    input [4:0]  vector ;
  begin
    conv_u2s_5_7 = {{2{1'b0}}, vector};
  end
  endfunction


  function  [11:0] conv_u2u_11_12 ;
    input [10:0]  vector ;
  begin
    conv_u2u_11_12 = {1'b0, vector};
  end
  endfunction


  function  [10:0] conv_u2u_10_11 ;
    input [9:0]  vector ;
  begin
    conv_u2u_10_11 = {1'b0, vector};
  end
  endfunction


  function  [11:0] conv_u2u_10_12 ;
    input [9:0]  vector ;
  begin
    conv_u2u_10_12 = {{2{1'b0}}, vector};
  end
  endfunction


  function signed [2:0] conv_s2s_2_3 ;
    input signed [1:0]  vector ;
  begin
    conv_s2s_2_3 = {vector[1], vector};
  end
  endfunction


  function signed [1:0] conv_s2s_1_2 ;
    input signed [0:0]  vector ;
  begin
    conv_s2s_1_2 = {vector[0], vector};
  end
  endfunction


  function signed [1:0] conv_u2s_1_2 ;
    input [0:0]  vector ;
  begin
    conv_u2s_1_2 = {1'b0, vector};
  end
  endfunction


  function  [4:0] conv_u2u_4_5 ;
    input [3:0]  vector ;
  begin
    conv_u2u_4_5 = {1'b0, vector};
  end
  endfunction


  function  [3:0] conv_u2u_3_4 ;
    input [2:0]  vector ;
  begin
    conv_u2u_3_4 = {1'b0, vector};
  end
  endfunction


  function  [2:0] conv_u2u_2_3 ;
    input [1:0]  vector ;
  begin
    conv_u2u_2_3 = {1'b0, vector};
  end
  endfunction


  function  [4:0] conv_u2u_3_5 ;
    input [2:0]  vector ;
  begin
    conv_u2u_3_5 = {{2{1'b0}}, vector};
  end
  endfunction

endmodule

// ------------------------------------------------------------------
//  Design Unit:    mean_vga
//  Generated from file(s):
//    7) $PROJECT_HOME/../../../../catapult_proj/vga_blur/blur.c
// ------------------------------------------------------------------


module mean_vga (
  vin_rsc_z, vout_rsc_z, clk, en, arst_n
);
  input [149:0] vin_rsc_z;
  output [29:0] vout_rsc_z;
  input clk;
  input en;
  input arst_n;


  // Interconnect Declarations
  wire [149:0] vin_rsc_mgc_in_wire_d;
  wire [29:0] vout_rsc_mgc_out_stdreg_d;


  // Interconnect Declarations for Component Instantiations 
  mgc_in_wire #(.rscid(1),
  .width(150)) vin_rsc_mgc_in_wire (
      .d(vin_rsc_mgc_in_wire_d),
      .z(vin_rsc_z)
    );
  mgc_out_stdreg #(.rscid(2),
  .width(30)) vout_rsc_mgc_out_stdreg (
      .d(vout_rsc_mgc_out_stdreg_d),
      .z(vout_rsc_z)
    );
  mean_vga_core mean_vga_core_inst (
      .clk(clk),
      .en(en),
      .arst_n(arst_n),
      .vin_rsc_mgc_in_wire_d(vin_rsc_mgc_in_wire_d),
      .vout_rsc_mgc_out_stdreg_d(vout_rsc_mgc_out_stdreg_d)
    );
endmodule